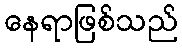
နေရာဖြစ်သည်